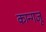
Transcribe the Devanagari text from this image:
कान्गजू